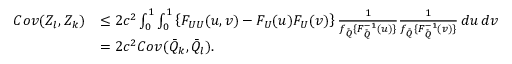
\begin{array} { r l } { C o v ( Z _ { l } , Z _ { k } ) } & { \leq 2 c ^ { 2 } \int _ { 0 } ^ { 1 } \int _ { 0 } ^ { 1 } \left\{ F _ { U U } ( u , v ) - F _ { U } ( u ) F _ { U } ( v ) \right\} \frac { 1 } { f _ { \bar { Q } } \{ F _ { \bar { Q } } ^ { - 1 } ( u ) \} } \frac { 1 } { f _ { \bar { Q } } \{ F _ { \bar { Q } } ^ { - 1 } ( v ) \} } \, d u \, d v } \\ & { = 2 c ^ { 2 } C o v ( \bar { Q } _ { k } , \bar { Q } _ { l } ) . } \end{array}